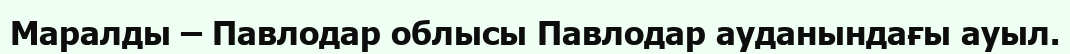
Маралды – Павлодар облысы Павлодар ауданындағы ауыл.